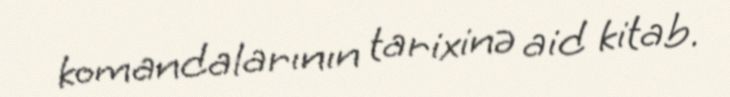
komandalarının tarixinə aid kitab.